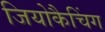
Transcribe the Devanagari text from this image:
जियोकैचिंग